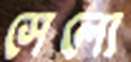
সেলো